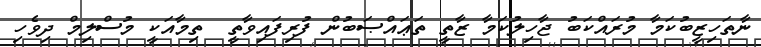
ނާތަހިޒީބުކަމާ މުރައްކަބު ޖާހިލުކަމާ ޒާތީ ތަޢައްޞަބުން ފުރިފައިވާތީ  ތިމާއަކީ މުސްލިމް ދިވެހި